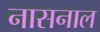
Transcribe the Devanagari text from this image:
नासनाल